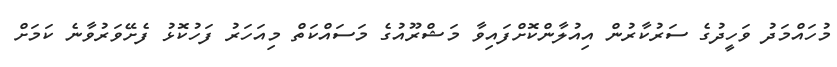
މުހައްމަދު ވަހީދުގެ ސަރުކާރުން އިއުލާންކޮށްފައިވާ މަޝްރޫއުގެ މަސައްކަތް މިއަހަރު ފަހުކޮޅު ފެށޭވަރުވާނެ ކަމަށް